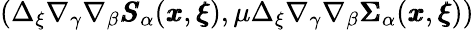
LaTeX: (\Delta_{\xi}\nabla_{\gamma}\nabla_{\beta}{\pmb S}_{\alpha}({\pmb x},{\pmb\xi}),\mu\Delta_{\xi}\nabla_{\gamma}\nabla_{\beta}{\pmb\Sigma}_{\alpha}({\pmb x},{\pmb\xi}))